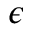
\epsilon